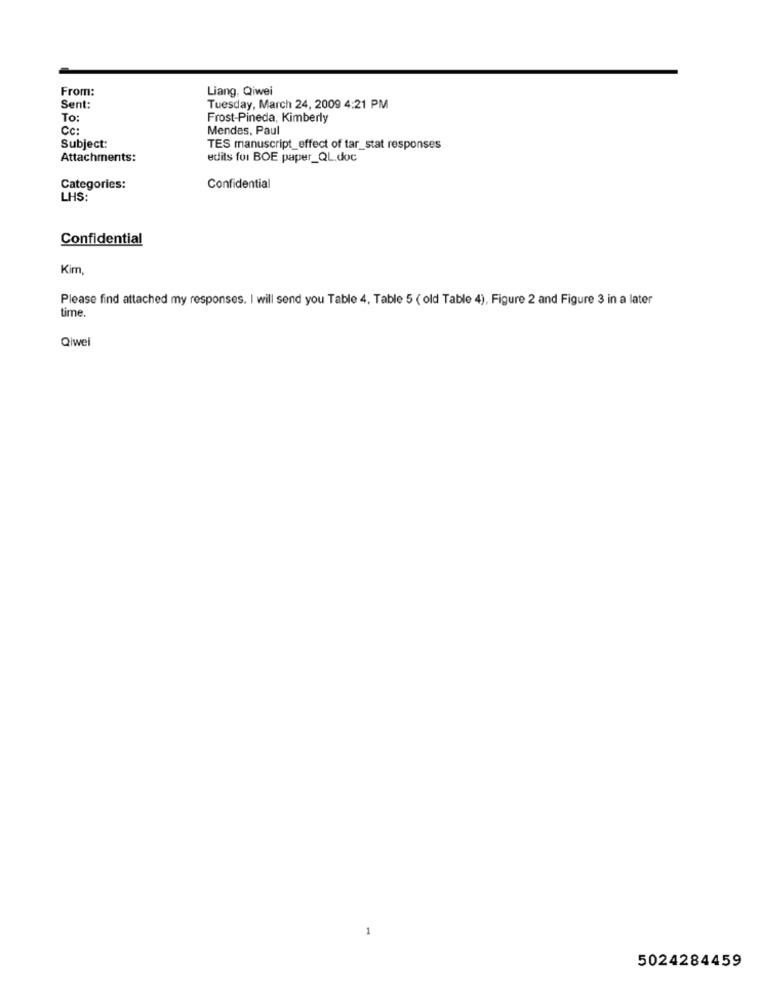
From:
Liang, Qiwei
Sent:
Tuesday, March 24, 2009 4:21 PM
To:
Frost-Pineda, Kimberly
Cc:
Mendes, Paul
Subject:
TES manuscript_effect of tar_stat responses
Attachments:
edits for BOE paper_QL.doc
Categories:
Confidential
LHS:
Confidential
Kim,
Please find attached my responses. I will send you Table 4, Table 5 ( old Table 4), Figure 2 and Figure 3 in a later
time.
Qiwel
5024284459